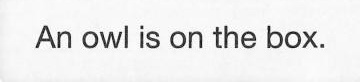
An owl is on the box.